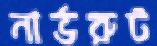
নার্ভরুট